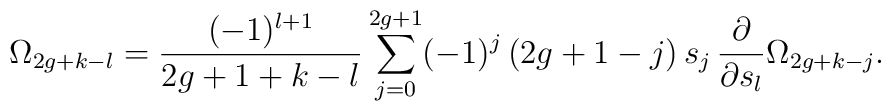
\Omega_{2g+k-l}={(-1)^{l+1}\over 2g+1+k-l}\sum_{j=0}^{2g+1}(-1)^j\,(2g+1-j)\,s_j\,{\partial\over\partial s_l}\Omega_{2g+k-j}.